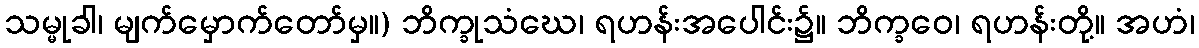
သမ္မုခါ၊ မျက်မှောက်တော်မှ။) ဘိက္ခုသံဃေ၊ ရဟန်းအပေါင်း၌။ ဘိက္ခဝေ၊ ရဟန်းတို့။ အဟံ၊